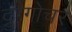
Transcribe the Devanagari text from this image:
द्रुग्गोचर